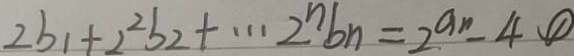
2 b _ { 1 } + 2 ^ { 2 } b _ { 2 } + \cdots 2 ^ { n } b _ { n } = 2 ^ { a n } - 4 \textcircled { 1 }